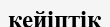
кейіптік